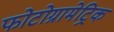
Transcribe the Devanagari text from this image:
फोटोग्रामेट्रिक